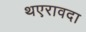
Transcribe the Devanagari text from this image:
थएरावदा